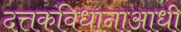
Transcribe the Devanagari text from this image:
दत्तकविधानाआधी